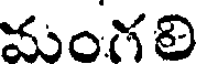
మంగలి